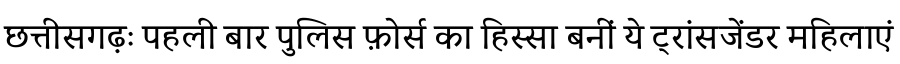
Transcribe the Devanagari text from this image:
छत्तीसगढ़ः पहली बार पुलिस फ़ोर्स का हिस्सा बनीं ये ट्रांसजेंडर महिलाएं